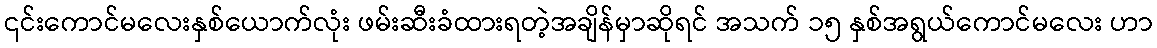
၎င်းကောင်မလေးနှစ်ယောက်လုံး ဖမ်းဆီးခံထားရတဲ့အချိန်မှာဆိုရင် အသက် ၁၅ နှစ်အရွယ်ကောင်မလေး ဟာ